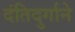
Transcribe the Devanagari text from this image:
दंतिदुर्गाने